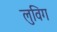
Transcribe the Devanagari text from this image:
लुविग